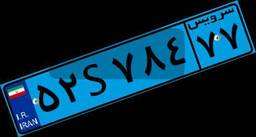
۵۰S۲۰۳۳۹